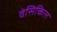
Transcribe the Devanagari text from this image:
वेसिकिल